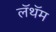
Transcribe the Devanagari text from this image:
लॅथॅम